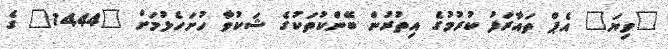
"ވިޔަ" އެޕް ތައާރަފު ކުރުމުގެ އިތުރުން ބޭންކުތަކުގެ ޝަކުވާ ހުށަހެޅުމަށް "1444" ގެ